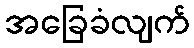
အခြေခံလျက်